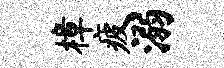
樟疲溺